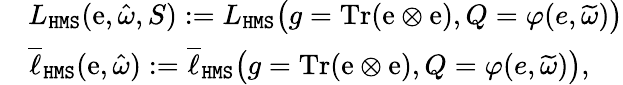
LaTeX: \begin{array}{rl}&{L_{\mathtt{HMS}}(\mathrm{e},\hat{\omega},S):=L_{\mathtt{HMS}}\big(g=\mathrm{Tr}(\mathrm{e}\otimes\mathrm{e}),Q=\varphi(e,\widetilde{\omega})\big)}\\ &{\overline{{\ell}}_{\mathtt{HMS}}(\mathrm{e},\hat{\omega}):=\overline{{\ell}}_{\mathtt{HMS}}\big(g=\mathrm{Tr}(\mathrm{e}\otimes\mathrm{e}),Q=\varphi(e,\widetilde{\omega})\big),}\end{array}